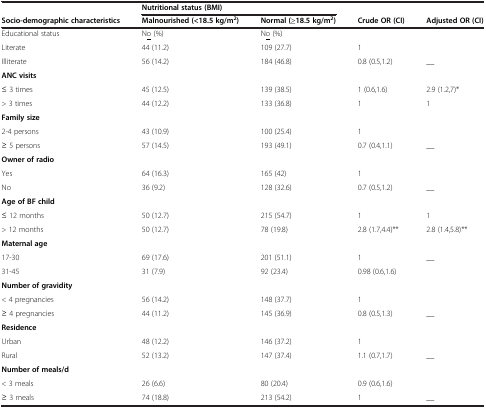
|  | <COLSPAN=2> Nutritional status (BMI) |  |  |
 | Socio-demographic characteristics | Malnourished (<18.5 kg/m2) | Normal (≥18.5 kg/m2) | Crude OR (CI) | Adjusted OR (CI) |
 | --- | --- | --- | --- | --- |
 | Educational status | N<underline>o</underline> (%) | N<underline>o</underline> (%) |  |  |
 | Literate | 44 (11.2) | 109 (27.7) | 1 |  |
 | Illiterate | 56 (14.2) | 184 (46.8) | 0.8 (0.5,1.2) | __ |
 | ANC visits |  |  |  |  |
 | ≤ 3 times | 45 (12.5) | 139 (38.5) | 1 (0.6,1.6) | 2.9 (1.2,7)* |
 | > 3 times | 44 (12.2) | 133 (36.8) | 1 | 1 |
 | Family size |  |  |  |  |
 | 2-4 persons | 43 (10.9) | 100 (25.4) | 1 |  |
 | ≥ 5 persons | 57 (14.5) | 193 (49.1) | 0.7 (0.4,1.1) | __ |
 | Owner of radio |  |  |  |  |
 | Yes | 64 (16.3) | 165 (42) | 1 |  |
 | No | 36 (9.2) | 128 (32.6) | 0.7 (0.5,1.2) | __ |
 | Age of BF child |  |  |  |  |
 | ≤ 12 months | 50 (12.7) | 215 (54.7) | 1 | 1 |
 | > 12 months | 50 (12.7) | 78 (19.8) | 2.8 (1.7,4.4)** | 2.8 (1.4,5.8)** |
 | Maternal age |  |  |  |  |
 | 17-30 | 69 (17.6) | 201 (51.1) | 1 | __ |
 | 31-45 | 31 (7.9) | 92 (23.4) | 0.98 (0.6,1.6) |  |
 | Number of gravidity |  |  |  |  |
 | < 4 pregnancies | 56 (14.2) | 148 (37.7) | 1 |  |
 | ≥ 4 pregnancies | 44 (11.2) | 145 (36.9) | 0.8 (0.5,1.3) | __ |
 | Residence |  |  |  |  |
 | Urban | 48 (12.2) | 146 (37.2) | 1 |  |
 | Rural | 52 (13.2) | 147 (37.4) | 1.1 (0.7,1.7) | __ |
 | Number of meals/d |  |  |  |  |
 | < 3 meals | 26 (6.6) | 80 (20.4) | 0.9 (0.6,1.6) |  |
 | ≥ 3 meals | 74 (18.8) | 213 (54.2) | 1 | __ |